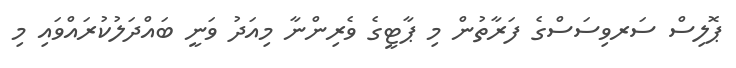
ޕޮލިސް ސަރވިސަސްގެ ފަރާތުން މި ޕާޓީގެ ވެރިންނާ މިއަދު ވަނީ ބައްދަލުކުރައްވައި މި